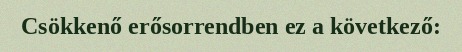
Csökkenő erősorrendben ez a következő: